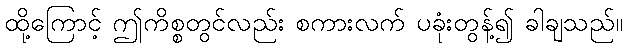
ထို့ကြောင့် ဤကိစ္စတွင်လည်း စကားလက် ပခုံးတွန့်၍ ခါချသည်။